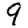
Digit: 9